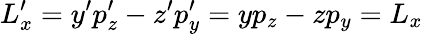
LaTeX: L_{x}^{\prime}=y^{\prime}p_{z}^{\prime}-z^{\prime}p_{y}^{\prime}=yp_{z}-zp_{y}=L_{x}